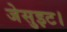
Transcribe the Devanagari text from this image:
जेसुइट।